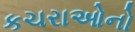
કચરાઓનો